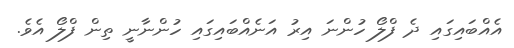
އެއްބައިގައި ދެ ފްލޯ ހުންނަ އިރު އަނެއްބައިގައި ހުންނާނީ ތިން ފްލޯ އެވެ.